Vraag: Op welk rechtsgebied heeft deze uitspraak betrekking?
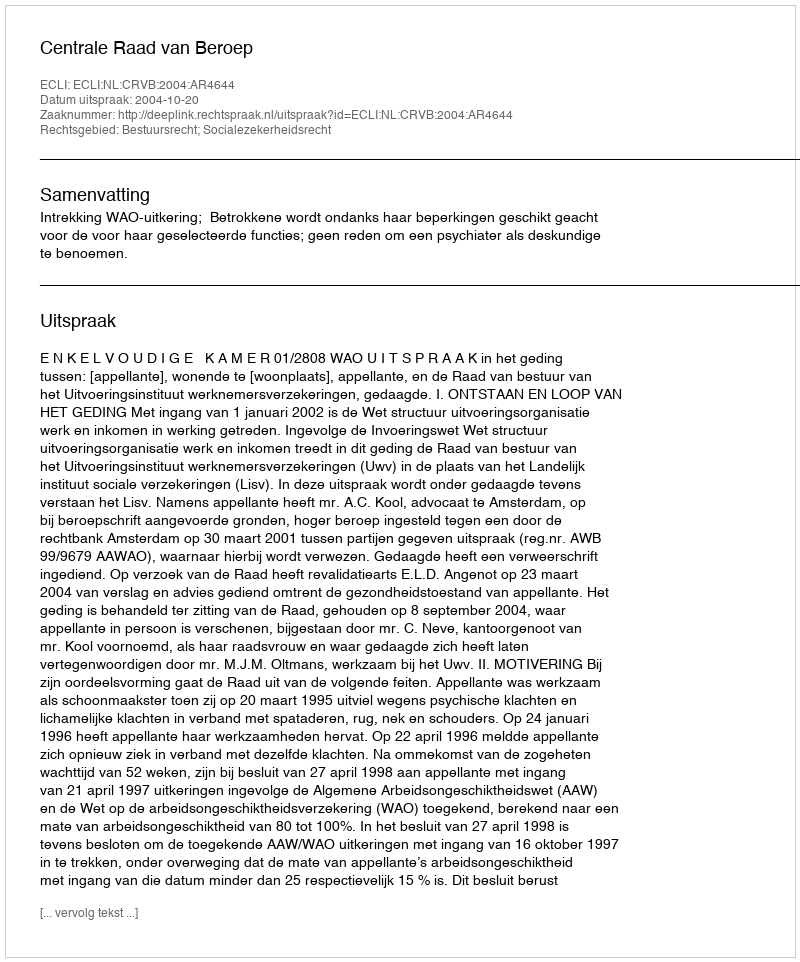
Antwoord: Bestuursrecht; Socialezekerheidsrecht